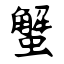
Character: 蟹